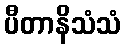
ပီတာနိသံသံ